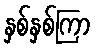
နှစ်နှစ်ကြာ